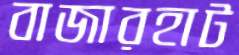
বাজারহাট